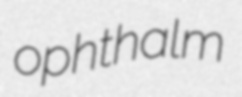
ophthalm